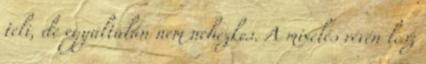
teli, de egyáltalán nem nehézkes. A mixelés révén lesz